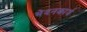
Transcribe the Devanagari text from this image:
भेदनकार्य